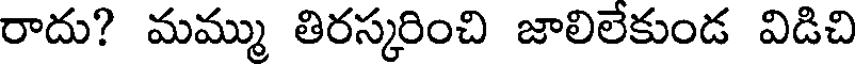
రాదు? మమ్ము తిరస్కరించి జాలిలేకుండ విడిచి